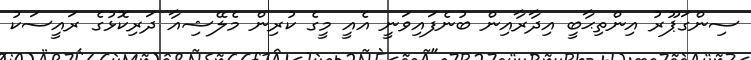
ސިންގަޕޫރު އިންތިޙާބީ އިދާރާއިން ބުނެފައިވަނީ އެއީ މީގެ ކުރިން މެލޭޝިއާ ދަރިކޮޅުގެ ރައީސަކު